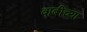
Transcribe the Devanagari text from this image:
बाबींच्‍या